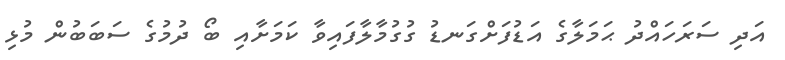
އަދި ސަރަހައްދު ޙަމަލާގެ އަޑުފަށްގަނޑު ގުގުމާލާފައިވާ ކަމަށާއި ބޯ ދުމުގެ ސަބަބުން މުޅި